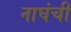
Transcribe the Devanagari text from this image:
नाघंची